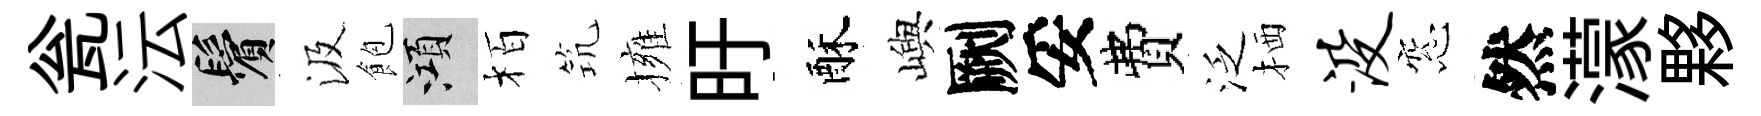
瓮沄鬢汲飽澒栢𥬑擁旴酥嶼劂妥費泛栖没窓然濛夥